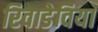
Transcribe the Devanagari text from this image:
रिवाडेविया